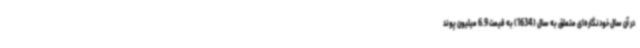
در آن سال خودنگاره‌ای متعلق به سال (1634) به قیمت 6.9 میلیون پوند